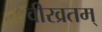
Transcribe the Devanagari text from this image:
वीरव्रतम्‌